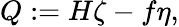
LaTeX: Q:=H\zeta-f\eta,